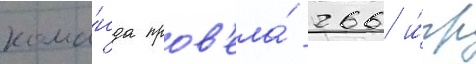
кома́нда пров'ела́ 266 и́гр